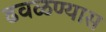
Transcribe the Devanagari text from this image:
ढवळण्यास